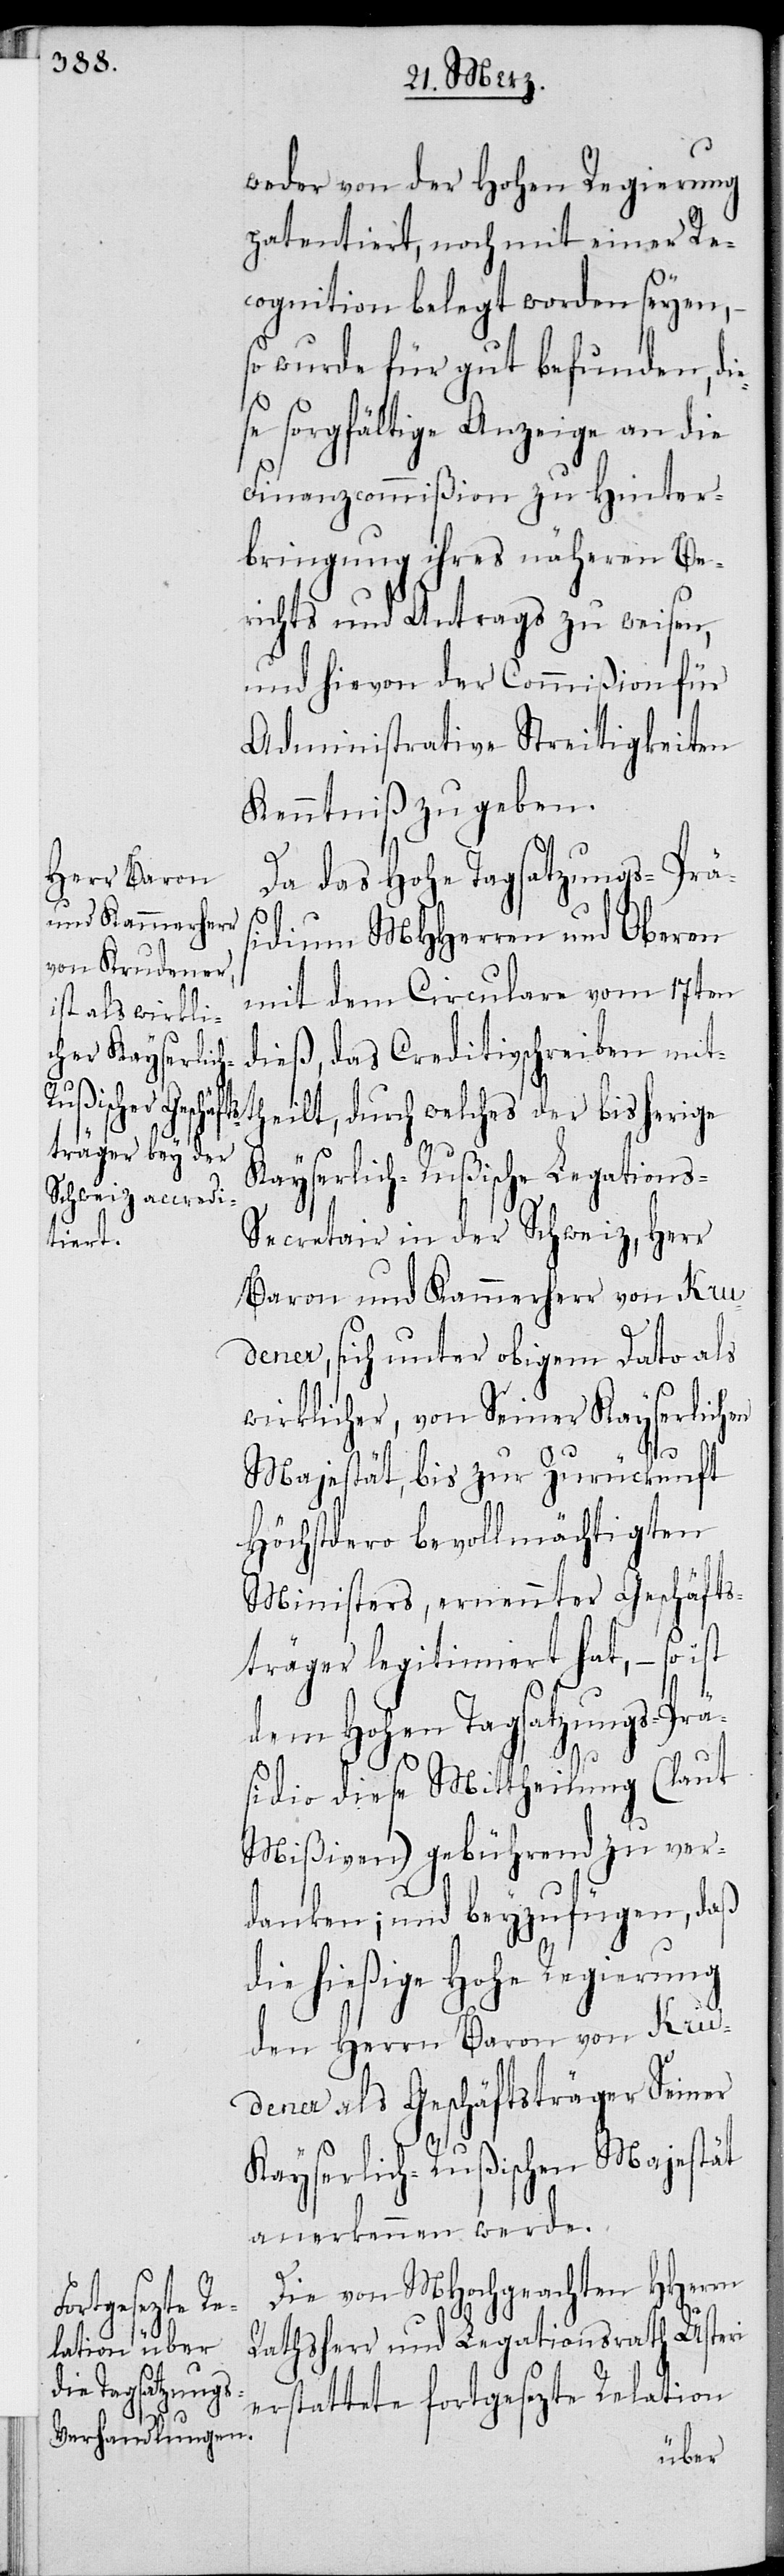
Da das Hohe Tagsatzungs-Präs¬
idium MHHerren und Oberen
mit dem Circulare vom 17ten
dieß, das Creditivschreiben mit¬
theilt, durch welches der bisherige
Kayserlich-Rußische Legation¬
s-Secretair in der Schweiz, Herr
Baron und Kammerherr von Kru¬
dener, sich unter obigem Dato als
wirklicher, von Seiner Kayserlichen
Majestät, bis zur Zurück[k]unft
Höchstdero bevollmächtigten
Ministers, ernennter Geschäfts¬
träger legitimiert hat, – so
dem Hohen Tagsatzungs-Prä¬
sidio diese Mittheilung (laut
Mißiven) gebührend zu ver¬
danken; und beyzufügen, daß
die hießige Hohe Regierung
den Herrn Baron von Kru¬
dener als Geschäftsträger Seiner
Kayserlich-Rußischen Majestät
anerkennen werde.
Die von MHochgeachten HHerrn
ist
Rathsherr und Legationsrath Usteri
erstattete fortgesetzte Relation